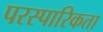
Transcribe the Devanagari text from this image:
परस्पारिकता